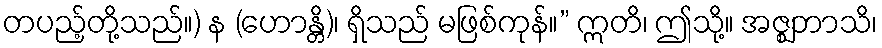
တပည့်တို့သည်။) န (ဟောန္တိ)၊ ရှိသည် မဖြစ်ကုန်။” ဣတိ၊ ဤသို့။ အဇ္ဈဘာသိ၊